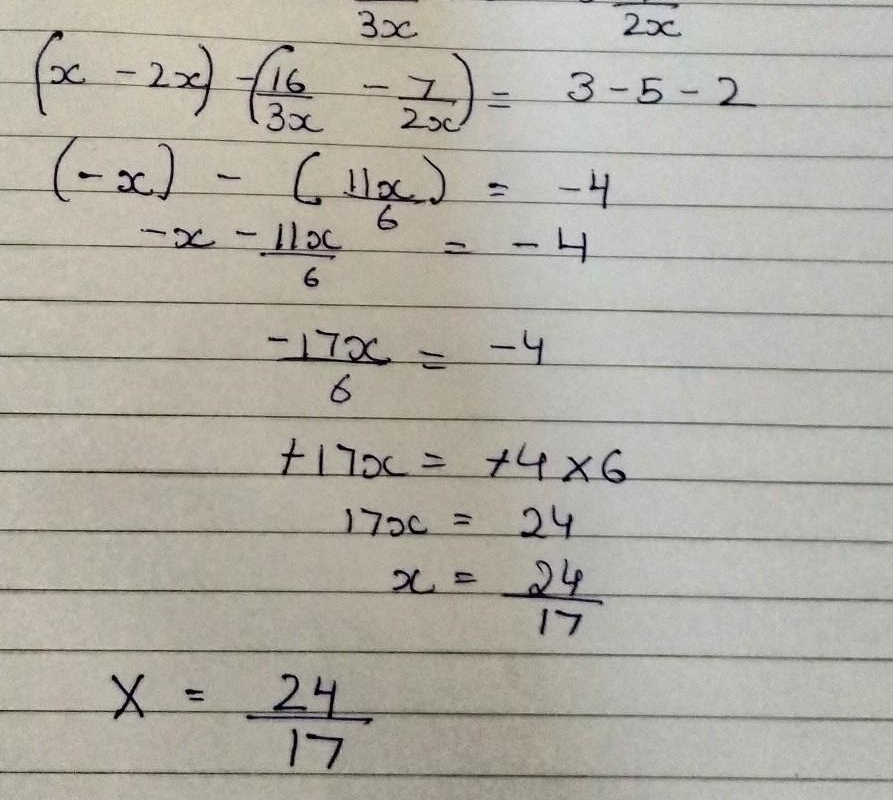
\[
\begin{align*}
(x - 2x)-\left(\frac{16}{3x}-\frac{7}{2x}\right)&=3 - 5-2\\
(-x)-\left(\frac{11}{6x}\right)&=-4\\
-x-\frac{11x}{6}&=-4\\
\frac{-17x}{6}&=-4\\
+17x&=+4\times6\\
17x&=24\\
x&=\frac{24}{17}\\
X&=\frac{24}{17}
\end{align*}
\]